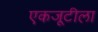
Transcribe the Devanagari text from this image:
एकजूटीला